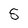
Character: 5